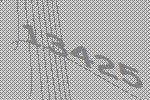
13425